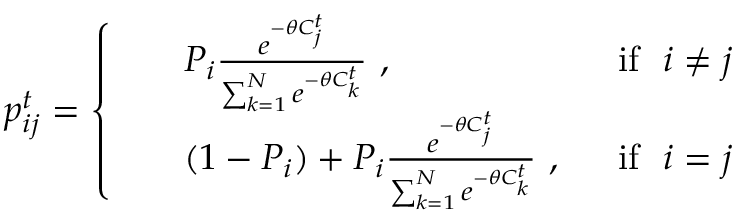
p _ { i j } ^ { t } = \left\{ \begin{array} { l l } { \begin{array} { r l r } & { P _ { i } \frac { e ^ { - \theta C _ { j } ^ { t } } } { \sum _ { k = 1 } ^ { N } e ^ { - \theta C _ { k } ^ { t } } } \ , \ } & { \ \mathrm { i f } \ \ i \neq j } \\ & { ( 1 - P _ { i } ) + P _ { i } \frac { e ^ { - \theta C _ { j } ^ { t } } } { \sum _ { k = 1 } ^ { N } e ^ { - \theta C _ { k } ^ { t } } } \ , \ } & { \ \mathrm { i f } \ \ i = j } \end{array} } \end{array} \right.